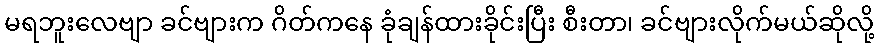
မရဘူးလေဗျာ ခင်ဗျားက ဂိတ်ကနေ ခုံချန်ထားခိုင်းပြီး စီးတာ၊ ခင်ဗျားလိုက်မယ်ဆိုလို့